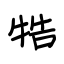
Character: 牿